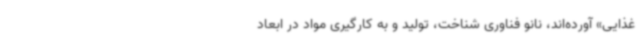
غذایی» آورده‌اند، نانو فناوری شناخت، تولید و به کارگیری مواد در ابعاد